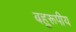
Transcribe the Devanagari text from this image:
बहुरूपीय